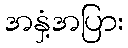
အနှံ့အပြား